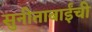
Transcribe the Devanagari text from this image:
सुनीताबाईंची